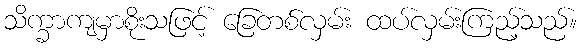
သိက္ခာကျမှာစိုးသဖြင့် ခြေတစ်လှမ်း ထပ်လှမ်းကြည့်သည်။